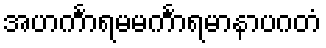
အဟင်္ကာရမမင်္ကာရမာနာပဂတံ